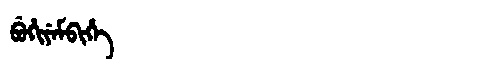
Manchu: ᠪᡠᡥᡳᠶᡝᠮᠪᡳᡥᡝ
Romanization: BUHIYEMBIHE